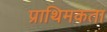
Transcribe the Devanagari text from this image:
प्राथिमकता